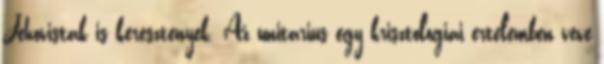
Jehovistak is keresztenyek. Az unitarius egy krisztologiai ertelemben veve